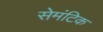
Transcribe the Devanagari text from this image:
सेमंटिक